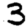
Digit: 3